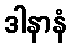
ဒါနာနံ